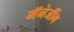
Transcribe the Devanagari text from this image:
मॅनेजींग